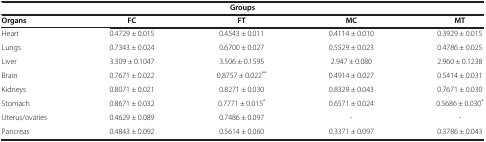
| <COLSPAN=5> Groups |
 | Organs | FC | FT | MC | MT |
 | --- | --- | --- | --- | --- |
 | Heart | 0.4729 ± 0.015 | 0.4543 ± 0.011 | 0.4114 ± 0.010 | 0.3929 ± 0.015 |
 | Lungs | 0.7343 ± 0.024 | 0.6700 ± 0.027 | 0.5529 ± 0.023 | 0.4786 ± 0.025 |
 | Liver | 3.309 ± 0.1047 | 3.506 ± 0.1595 | 2.947 ± 0.080 | 2.960 ± 0.1238 |
 | Brain | 0.7671 ± 0.022 | 0.8757 ± 0.022** | 0.4914 ± 0.027 | 0.5414 ± 0.031 |
 | Kidneys | 0.8071 ± 0.021 | 0.8271 ± 0.030 | 0.8329 ± 0.043 | 0.7671 ± 0.030 |
 | Stomach | 0.8671 ± 0.032 | 0.7771 ± 0.015* | 0.6571 ± 0.024 | 0.5686 ± 0.030* |
 | Uterus/ovaries | 0.4629 ± 0.089 | 0.7486 ± 0.097 | - | - |
 | Pancreas | 0.4843 ± 0.092 | 0.5614 ± 0.060 | 0.3371 ± 0.097 | 0.3786 ± 0.043 |